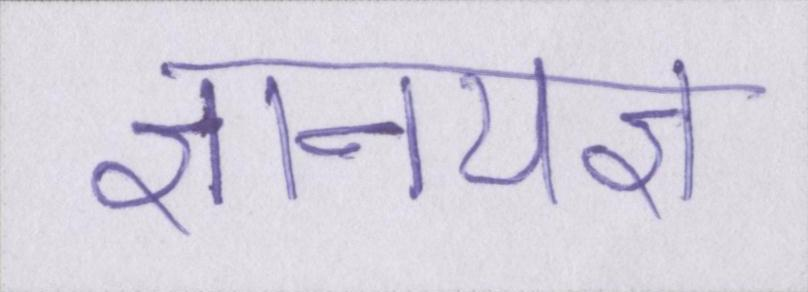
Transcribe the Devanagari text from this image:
ज्ञानयज्ञ